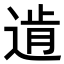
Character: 𨔑